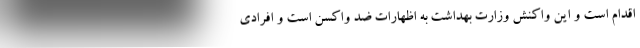
اقدام است و این واکنش وزارت بهداشت به اظهارات ضد واکسن است و افرادی